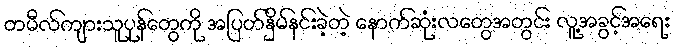
တမီလ်ကျားသူပုန်တွေကို အပြတ်နှိမ်နင်းခဲ့တဲ့ နောက်ဆုံးလတွေအတွင်း လူ့အခွင့်အရေး